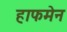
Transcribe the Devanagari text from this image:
हाफमेन